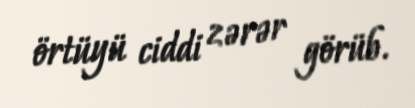
örtüyü ciddi zərər görüb.